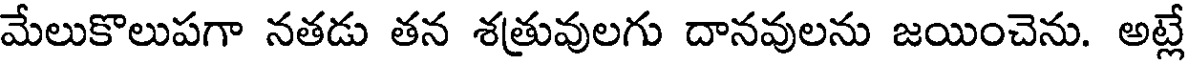
మేలుకొలుపగా నతడు తన శత్రువులగు దానవులను జయించెను. అట్లే